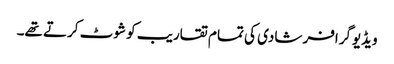
ویڈیوگرافر شادی کی تمام تقاریب کو شوٹ کرتے تھے۔